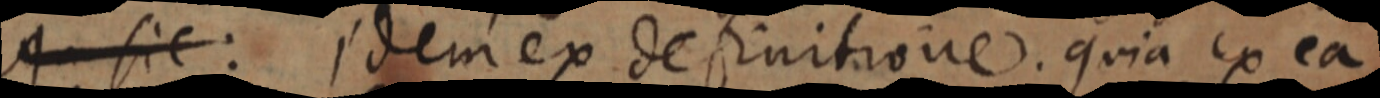
A sic: Idem ex definitione. quia ex ea